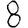
Digit: 8